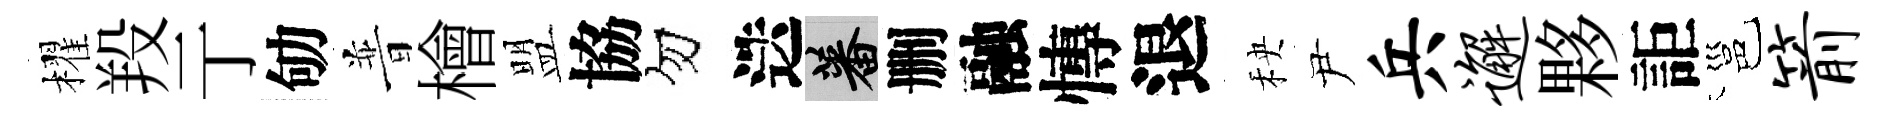
櫂羖亍劬普檜盟協勿迭蕃删融慱退秧尹兵邂夥詎邕箭